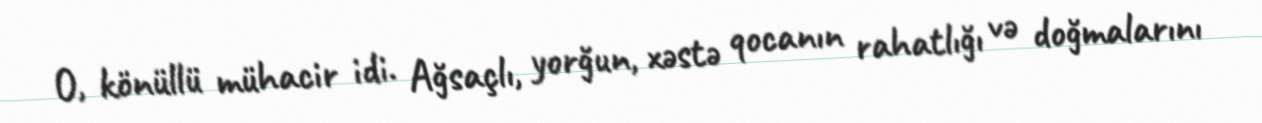
O, könüllü mühacir idi. Ağsaçlı, yorğun, xəstə qocanın rahatlığı və doğmalarını